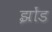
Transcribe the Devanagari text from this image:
झोंड